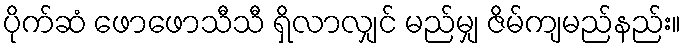
ပိုက်ဆံ ဖောဖောသီသီ ရှိလာလျှင် မည်မျှ ဇိမ်ကျမည်နည်း။